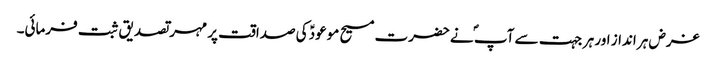
غرض ہر انداز اور ہر جہت سے آپ ؐ نےحضرت مسیح موعودؑ کی صداقت پر مہر تصدیق ثبت فرمائی۔